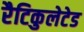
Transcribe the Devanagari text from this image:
रैटिकुलेटेड